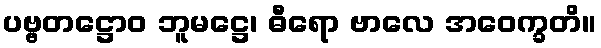
ပဗ္ဗတဋ္ဌောဝ ဘူမဋ္ဌေ၊ ဓီရော ဗာလေ အဝေက္ခတိ။